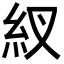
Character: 紁